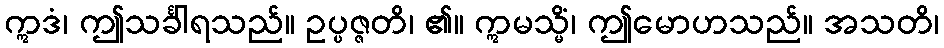
ဣဒံ၊ ဤသင်္ခါရသည်။ ဥပ္ပဇ္ဇတိ၊ ၏။ ဣမသ္မိံ၊ ဤမောဟသည်။ အသတိ၊